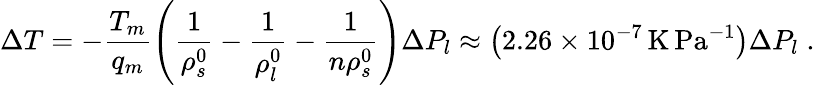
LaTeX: \Delta T=-\frac{T_{m}}{q_{m}}\left(\frac{1}{\rho_{s}^{0}}-\frac{1}{\rho_{l}^{0}}-\frac{1}{n\rho_{s}^{0}}\right)\Delta P_{l}\approx\left(2.26\times 10^{-7}\, \mathrm{K\, Pa^{-1}}\right)\Delta P_{l}\; .